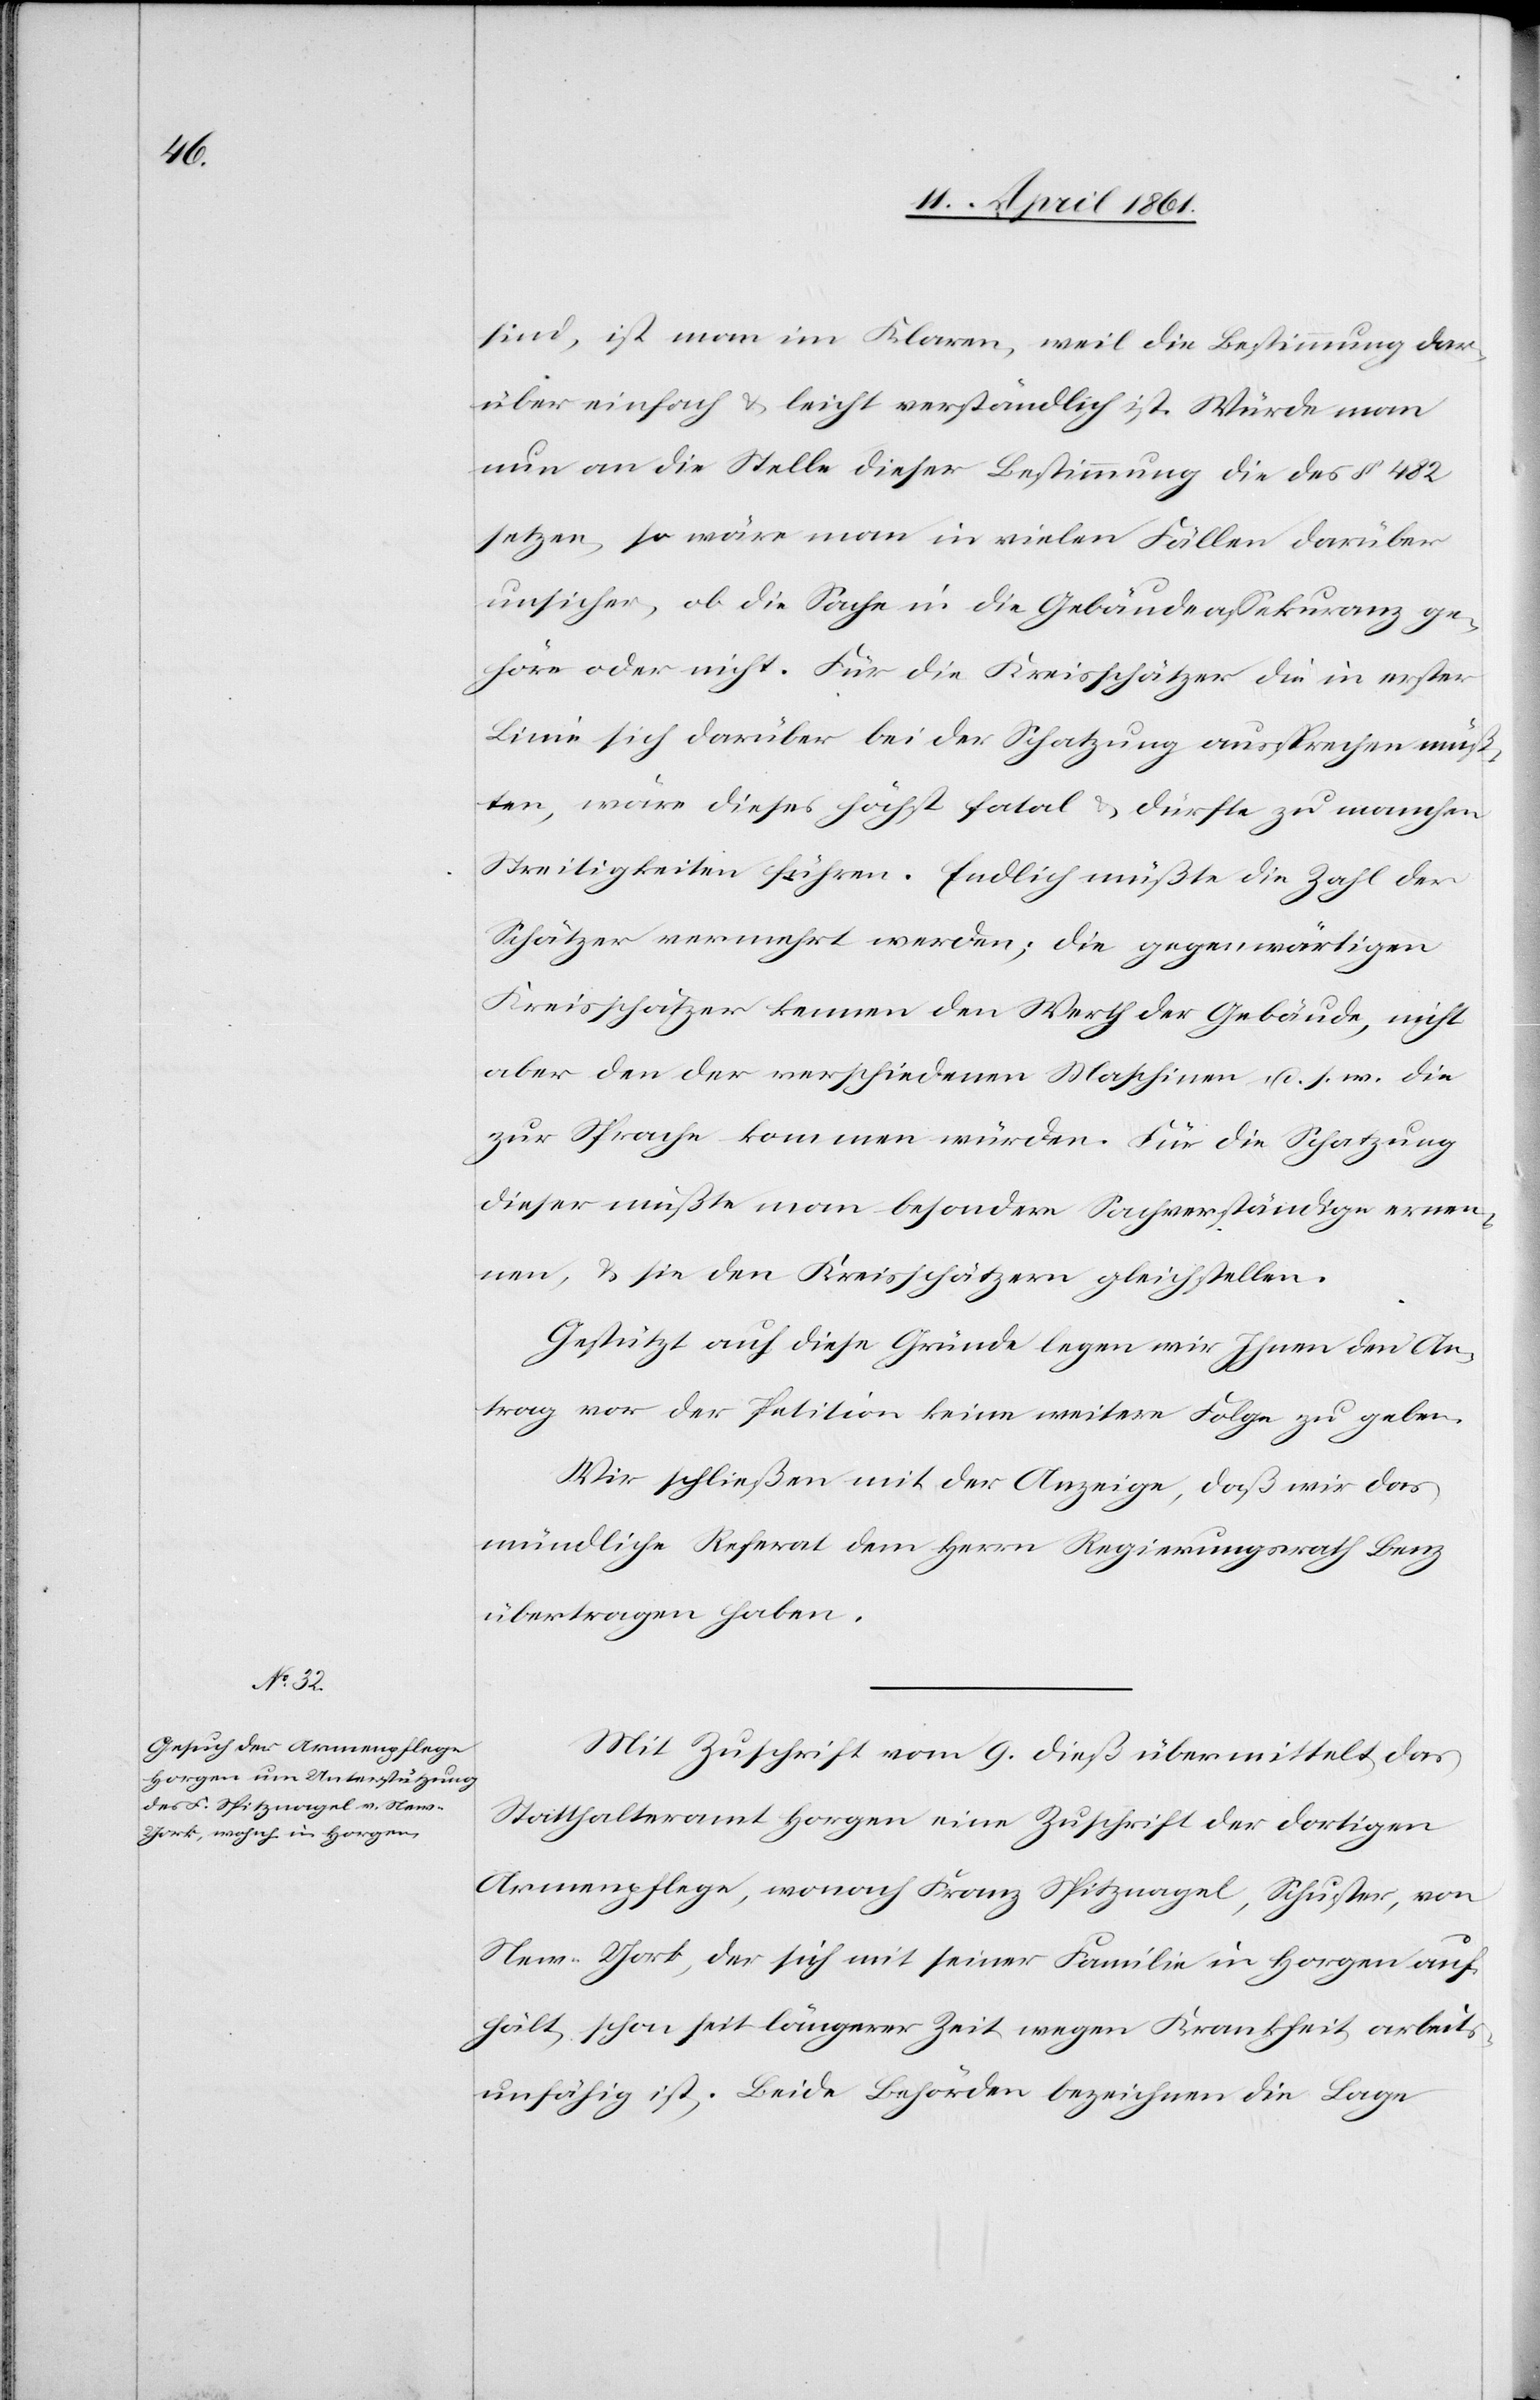
sind, ist man im Klaren, weil die Bestimmung dar¬
über einfach u. leicht verständlich ist. Würde man
nun an die Stelle dieser Bestimmung die des § 482
setzen, so wäre man in vielen Fällen darüber
unsicher, ob die Sache in die Gebäudeassekuranz ge¬
höre oder nicht. Für die Kreisschätzer die in erster
Linie sich darüber bei der Schatzung aussprechen müß¬
ten, wäre dieses höchst fatal u. dürfte zu manchen
Streitigkeiten führen. Endlich müßte die Zahl der
Schätzer vermehrt werden; die gegenwärtigen
Kreisschätzer kennen den Werth der Gebäude, nicht
aber den der verschiedenen Maschinen u. s. w. die
zur Sprache kommen würden. Für die Schatzung
dieser müßte man besondere Sachverständige ernen¬
nen, u. sie den Kreisschätzern gleichstellen.
Gestützt auf diese Gründe legen wir Ihnen den An¬
trag vor der Petition keine weitere Folge zu geben.
Wir schließen mit der Anzeige, daß wir das
mündliche Referat dem Herrn Regierungsrath Benz
übertragen haben.
Mit Zuschrift vom 9. dieß übermittelt das
Statthalteramt Horgen eine Zuschrift der dortigen
Armenpflege, wonach Franz Spitznagel, Schuster, von
New-York, der sich mit seiner Familie in Horgen auf¬
hält, schon seit längerer Zeit wegen Krankheit arbeit¬
sunfähig ist. Beide Behörden bezeichnen die Lage